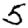
Digit: 5